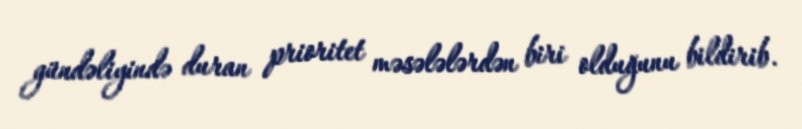
gündəliyində duran prioritet məsələlərdən biri olduğunu bildirib.